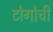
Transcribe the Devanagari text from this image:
टोगोची